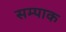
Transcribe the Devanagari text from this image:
सम्पाक